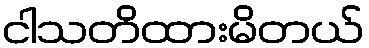
ငါသတိထားမိတယ်